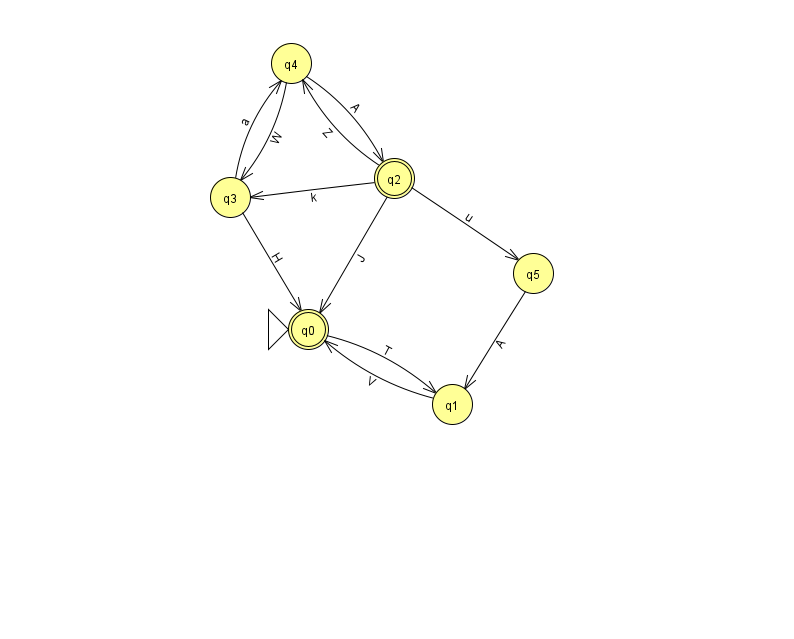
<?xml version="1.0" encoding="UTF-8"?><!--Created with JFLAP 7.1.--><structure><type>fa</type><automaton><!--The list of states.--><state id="0" name="q0"><x>308.0</x><y>316.0</y><initial/><final/></state><state id="1" name="q1"><x>452.0</x><y>391.0</y></state><state id="2" name="q2"><x>394.0</x><y>165.0</y><final/></state><state id="3" name="q3"><x>230.0</x><y>184.0</y></state><state id="4" name="q4"><x>291.0</x><y>50.0</y></state><state id="5" name="q5"><x>533.0</x><y>260.0</y></state><!--The list of transitions.--><transition><from>2</from><to>4</to><read>Z</read></transition><transition><from>3</from><to>0</to><read>H</read></transition><transition><from>2</from><to>0</to><read>J</read></transition><transition><from>0</from><to>1</to><read>T</read></transition><transition><from>1</from><to>0</to><read>V</read></transition><transition><from>3</from><to>4</to><read>a</read></transition><transition><from>4</from><to>2</to><read>A</read></transition><transition><from>2</from><to>3</to><read>k</read></transition><transition><from>2</from><to>5</to><read>u</read></transition><transition><from>4</from><to>3</to><read>W</read></transition><transition><from>5</from><to>1</to><read>A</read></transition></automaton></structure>